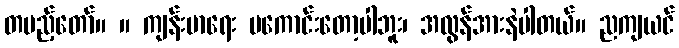
တပည့်တော်။ ။ ကျန်းမာရေး မကောင်းတော့ပါဘူး၊ အလွန်အားနဲပါတယ်။ ညကျယင်